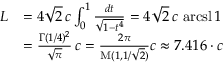
{ \begin{array} { r l } { L } & { = 4 { \sqrt { 2 } } \, c \int _ { 0 } ^ { 1 } { \frac { d t } { \sqrt { 1 - t ^ { 4 } } } } = 4 { \sqrt { 2 } } \, c \, \operatorname { a r c s l } 1 } \\ & { = { \frac { \Gamma ( 1 / 4 ) ^ { 2 } } { \sqrt { \pi } } } \, c = { \frac { 2 \pi } { \operatorname { M } ( 1 , 1 / { \sqrt { 2 } } ) } } c \approx 7 { . } 4 1 6 \cdot c } \end{array} }